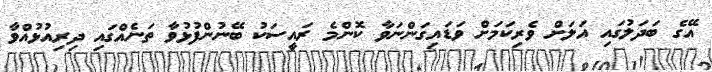
އޭގެ ބަދަލުގައި އަލަށް ވެރިކަމަށް ވަޑައިގަންނަވާ ކޮންމެ ރައީސަކު ބޭނުންފުޅުވާ ތަނެއްގައި ދިރިއުޅުއްވާ